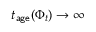
t _ { \mathsf { a g e } } ( \Phi _ { t } ) \to \infty